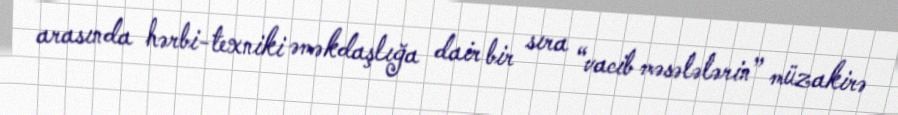
arasında hərbi-texniki əməkdaşlığa dair bir sıra “vacib məsələlərin” müzakirə